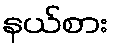
နယ်စား